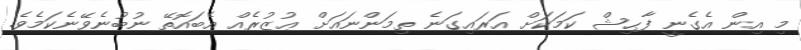
މި އިން އެގެނީ ފާޙިޝް ކަމަކަށް އަރައިގަނެ ތިމަންނައަށް ޢުޒުރެއް އެބައޮތޭ ނުބުނެވޭނެކަމެވެ.